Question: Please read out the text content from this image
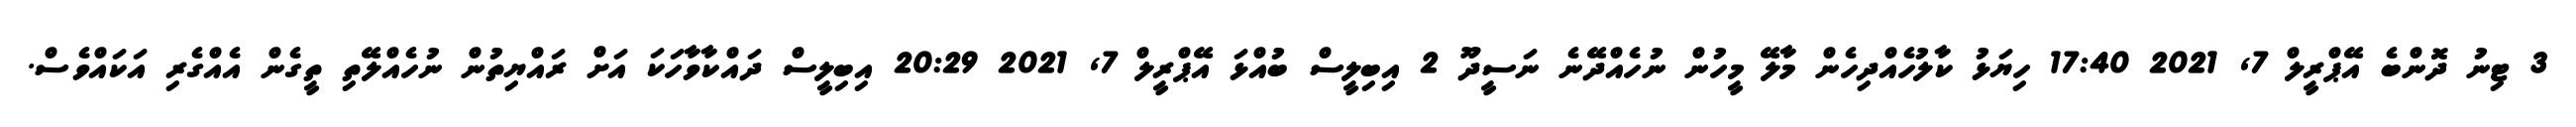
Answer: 3 ޓިނު ދޮންބެ އޭޕްރީލް 7, 2021 17:40 ހިޔަޅު ކާލުހެއްދިހެން މާލޭ މީހުން ނުހެއްދޭނެ ނަސީދޫ 2 އިބިލީސް ބުއްޅަ އޭޕްރީލް 7, 2021 20:29 އިބިލީސް ދައްކާވާހަކަ އަށް ރައްޔިތުން ނުހެއްލޭތި ތީގެން އެއްގެރި އަކައްވެސް.